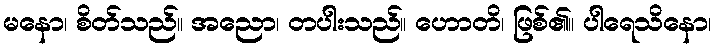
မနော၊ စိတ်သည်။ အညော၊ တပါးသည်။ ဟောတိ၊ ဖြစ်၏။ ပါရေသိနော၊